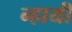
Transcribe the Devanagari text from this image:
न्हायी